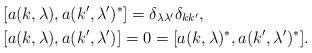
LaTeX: \begin{align*}&[a(k, \lambda), a(k', \lambda')^*]=\delta_{\lambda \lambda'}\delta_{kk'},\\&[a(k, \lambda), a(k', \lambda')]=0=[a(k, \lambda)^*, a(k', \lambda')^*].\end{align*}